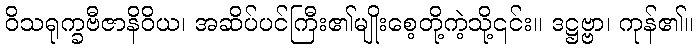
ဝိသရုက္ခဗီဇာနိဝိယ၊ အဆိပ်ပင်ကြီး၏မျိုးစေ့တို့ကဲ့သို့၎င်း။ ဒဋ္ဌဗ္ဗာ၊ ကုန်၏။